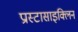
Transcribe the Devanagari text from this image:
प्रास्टासाइक्लिन